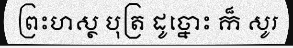
ព្រះហស្ថ បុត្រ ដូច្នោះ ក៏ សូរ